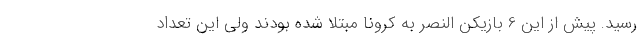
رسید. پیش از این 6 بازیکن النصر به کرونا مبتلا شده بودند ولی این تعداد